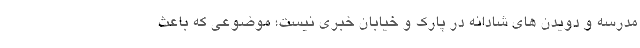
مدرسه و دویدن های شادانه در پارک و خیابان خبری نیست؛ موضوعی که باعث